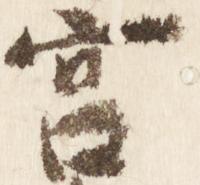
宮